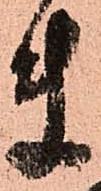
ま